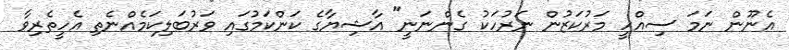
އެނޫން ނަމަ ސިއްހީ މަރުކަޒުން ނަރުހަކު ގެންނަނީ" އާޝިޔާގެ ކަންކަމުގައި ވަރުބަލިކަމެއްނެތި އެހީތެރިވާ